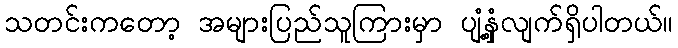
သတင်းကတော့ အများပြည်သူကြားမှာ ပျံ့နှံ့လျက်ရှိပါတယ်။